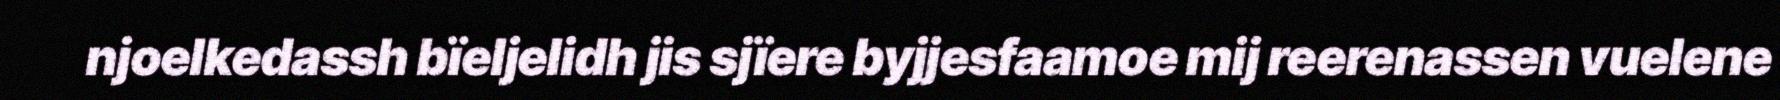
njoelkedassh bïeljelidh jis sjïere byjjesfaamoe mij reerenassen vuelene